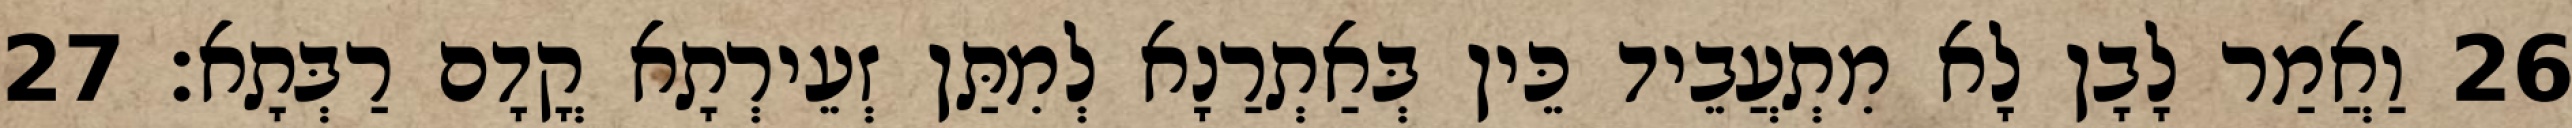
26 וַאֲמַר לָבָן לָא מִתְעֲבֵיד כֵּין בְּאַתְרַנָא לְמִתַּן זְעֵירְתָא קֳדָם רַבְּתָא׃ 27